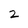
Character: 2